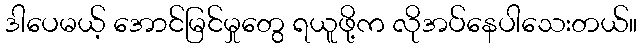
ဒါပေမယ့် အောင်မြင်မှုတွေ ရယူဖို့က လိုအပ်နေပါသေးတယ်။